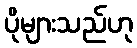
ပိုများသည်ဟု